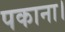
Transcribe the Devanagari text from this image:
पकाना।